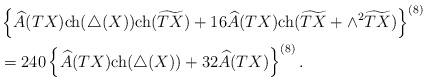
LaTeX: \begin{align*}&\left\{\widehat{A}(TX){\rm ch}(\triangle(X)){\rm ch}(\widetilde{TX})+16\widehat{A}(TX){\rm ch}(\widetilde{TX}+\wedge^2\widetilde{TX})\right\}^{(8)}\\&=240\left\{\widehat{A}(TX){\rm ch}(\triangle(X))+32\widehat{A}(TX)\right\}^{(8)}.\end{align*}